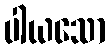
ပါယသော